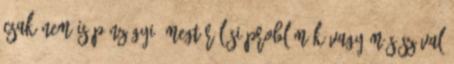
csak nem is pénzügyi, megtérülési problémák vagy más szóval